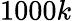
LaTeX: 1000k